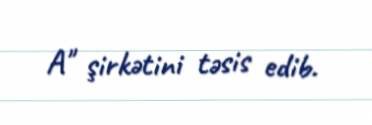
A" şirkətini təsis edib.